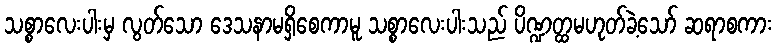
သစ္စာလေးပါးမှ လွတ်သော ဒေသနာမရှိစေကာမူ သစ္စာလေးပါးသည် ပိဏ္ဍတ္ထမဟုတ်ခဲ့သော် ဆရာစကား